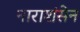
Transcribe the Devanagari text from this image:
नाराशंसेन